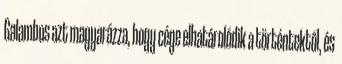
Galambos azt magyarázza, hogy cége elhatárolódik a történtektől, és